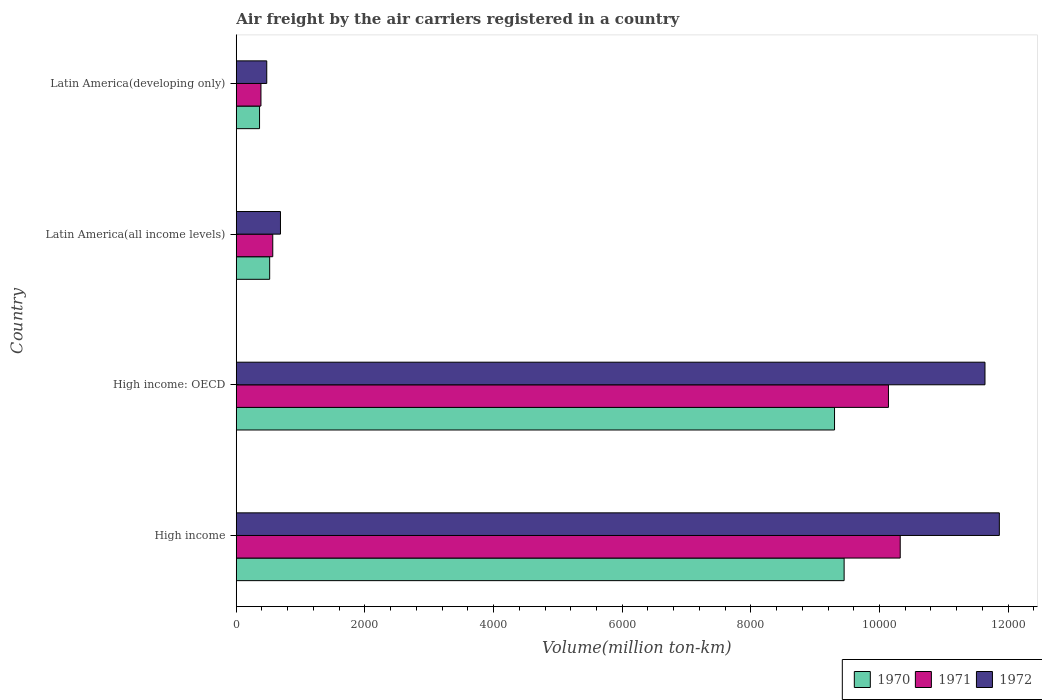
| Country | 1970 | 1971 | 1972 |
 | --- | --- | --- | --- |
 | High income | 9.45e+03 | 1.03e+04 | 1.19e+04 |
 | High income: OECD | 9.3e+03 | 1.01e+04 | 1.16e+04 |
 | Latin America(all income levels) | 520 | 568 | 687 |
 | Latin America(developing only) | 362 | 384 | 474 |